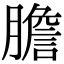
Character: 膽